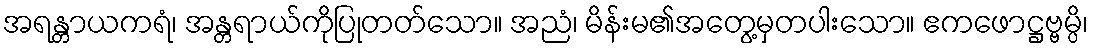
အရန္တာယကရံ၊ အန္တရာယ်ကိုပြုတတ်သော။ အညံ၊ မိန်းမ၏အတွေ့မှတပါးသော။ ဧကဖောဋ္ဌဗ္ဗမ္ပိ၊